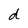
Character: d